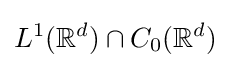
L^{1}(\mathbb {R} ^{d})\cap C_{0}(\mathbb {R} ^{d})